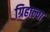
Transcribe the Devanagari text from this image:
ग्रिहाल्वा